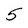
Character: 5